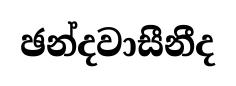
ඡන්දවාසීනීද